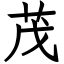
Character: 茂